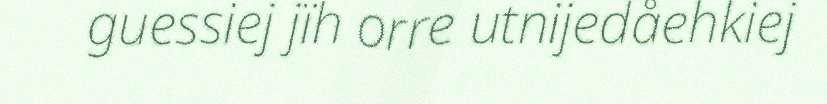
guessiej jïh orre utnijedåehkiej